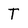
Character: T